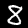
Digit: 8